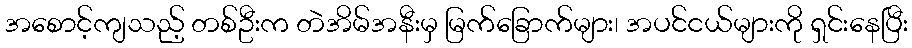
အစောင့်ကျသည့် တစ်ဦးက တဲအိမ်အနီးမှ မြက်ခြောက်များ၊ အပင်ငယ်များကို ရှင်းနေပြီး